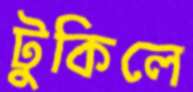
টুকিলে